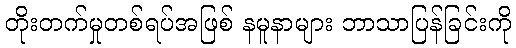
တိုးတက်မှုတစ်ရပ်အဖြစ် နမူနာများ ဘာသာပြန်ခြင်းကို